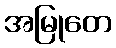
အမြုတေ